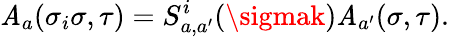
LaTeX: \mathit{A}_{a}(\sigma_{i}\sigma,\tau)=S_{a,a^{\prime}}^{i}(\sigmak)\mathit{A}_{a^{\prime}}(\sigma,\tau).